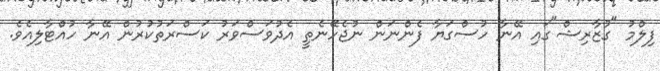
ފިލްމު "ގުޒާރިޝް"ގައި އޭނާ ހުސްގަޔާ ފެންނަން ނުޖެހޭނެތީ އެދުވަސްވަރު ކަސްރަތުކުރުން އޭނާ ހުއްޓާލިއެވެ.